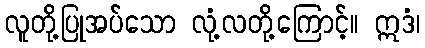
လူတို့ပြုအပ်သော လုံ့လတို့ကြောင့်။ ဣဒံ၊